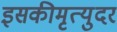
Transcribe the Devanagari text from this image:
इसकीमृत्युदर